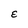
Character: E